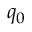
q _ { 0 }